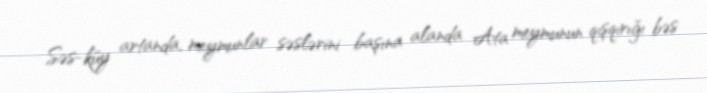
Səs-küy artanda, meymunlar səslərini başına alanda Ata meymunun qışqırığı bəs